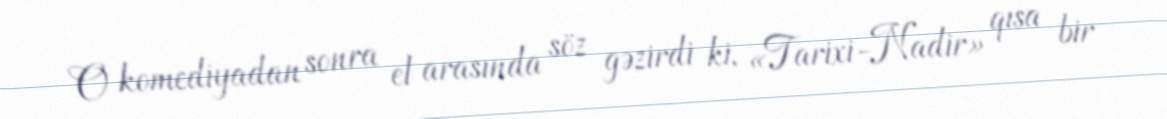
O komediyadan sonra el arasında söz gəzirdi ki, «Tarixi-Nadir» qısa bir